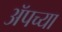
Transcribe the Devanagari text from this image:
ॲपच्या